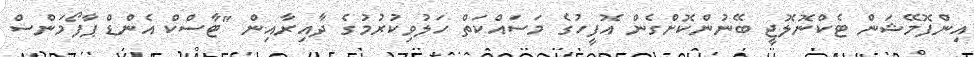
އިންފޮމޭޝަން ޓެކްނޮލޮޖީ ބޭނުންކޮށްގެން އޮފީހުގެ މަސައްކަތް ހަލުވިކުރުމުގެ ދާއިރާއިން "ޓާސްކް އެންޑް ޕާފޯމަންސް